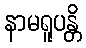
နာမရူပန္တိ